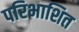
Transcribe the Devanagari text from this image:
परिभाशित